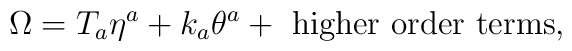
\Omega = T_a \eta^a + k_a \theta^a + {\rm\ higher\ order\ terms},